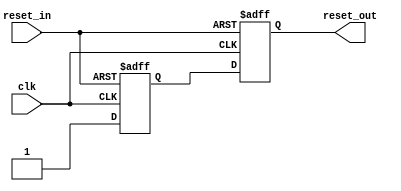
`ifndef __INCLUDED_RSYNC02A__
`define __INCLUDED_RSYNC02A__
`timescale 1ns/1ns

`define D 1

module rsync02a (clk, reset_in, reset_out);
input  clk;
input  reset_in;
output reset_out;

reg reset1_reg;
reg reset2_reg;

assign reset_out = reset2_reg;

always @ (posedge clk or negedge reset_in) begin
	if(~reset_in) begin
		reset1_reg <= #`D 1'b0;
		reset2_reg <= #`D 1'b0;
	end else begin
		reset1_reg <= #`D 1'b1;
		reset2_reg <= #`D reset1_reg;
	end
end

endmodule
`endif